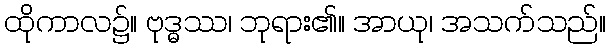
ထိုကာလ၌။ ဗုဒ္ဓဿ၊ ဘုရား၏။ အာယု၊ အသက်သည်။